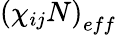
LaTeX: \left(\chi_{ij}N\right)_{eff}